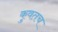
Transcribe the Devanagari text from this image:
कुवतच